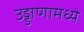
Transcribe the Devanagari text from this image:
उड्डाणामध्ये